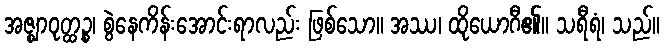
အဇ္ဈာဝုတ္ထဉ္စ၊ စွဲနေကိန်းအောင်းရာလည်း ဖြစ်သော။ အဿ၊ ထိုယောဂီ၏။ သရီရံ၊ သည်။